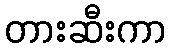
တားဆီးကာ